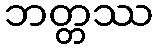
ဘတ္တဿ